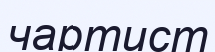
чартист